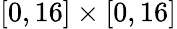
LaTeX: [0,16]\times[0,16]